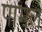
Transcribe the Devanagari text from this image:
पोमेल